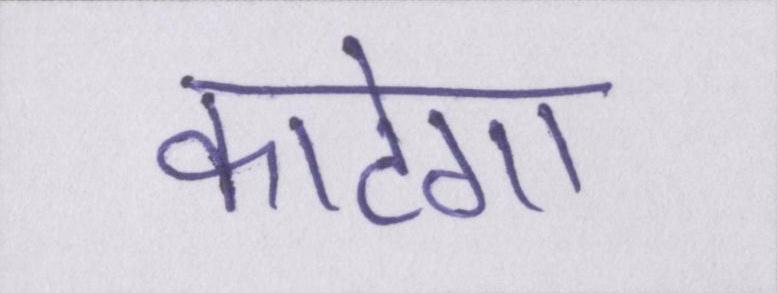
काटेगा